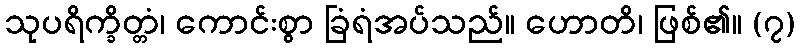
သုပရိက္ခိတ္တံ၊ ကောင်းစွာ ခြံရံအပ်သည်။ ဟောတိ၊ ဖြစ်၏။ (၇)